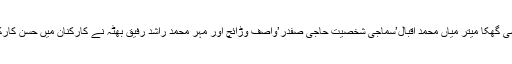
اس موقع پر چیئرمین یو سی گھکا میتر میاں محمد اقبال’سماجی شخصیت حاجی صفدر’واصف وڑائچ اور مہر محمد راشد رفیق بھٹہ نے کارکنان میں حسن کارکردگی ایورڈز تقسیم کئے۔